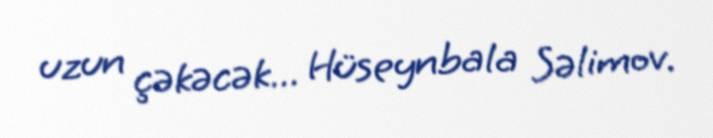
uzun çəkəcək... Hüseynbala Səlimov.